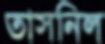
তাসনিল